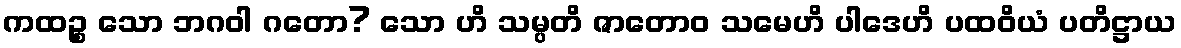
ကထဉ္စ သော ဘဂဝါ ဂတော? သော ဟိ သမ္ပတိ ဇာတောဝ သမေဟိ ပါဒေဟိ ပထဝိယံ ပတိဋ္ဌာယ